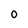
Character: 0